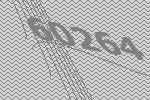
60264